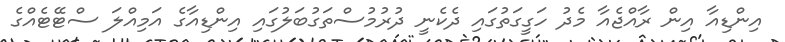
އިންޑިއާ އިން ރާއްޖެއާ މެދު ހަގީގަތުގައި ދެކެނީ ދުރުމުސްތަގުބަލުގައި އިންޑިއާގެ އަމިއްލަ ސްޓޭޓެއްގެ